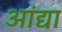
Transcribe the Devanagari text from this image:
आंद्या